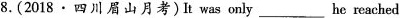
8.(2018·四川眉山月考)It was only he reached